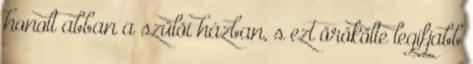
honolt abban a szülõi házban, s ezt örökölte legifjabb